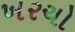
ખરચો